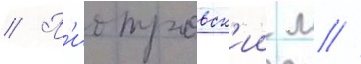
// П'иотровск'ии м //